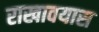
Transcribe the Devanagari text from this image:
राखावयास